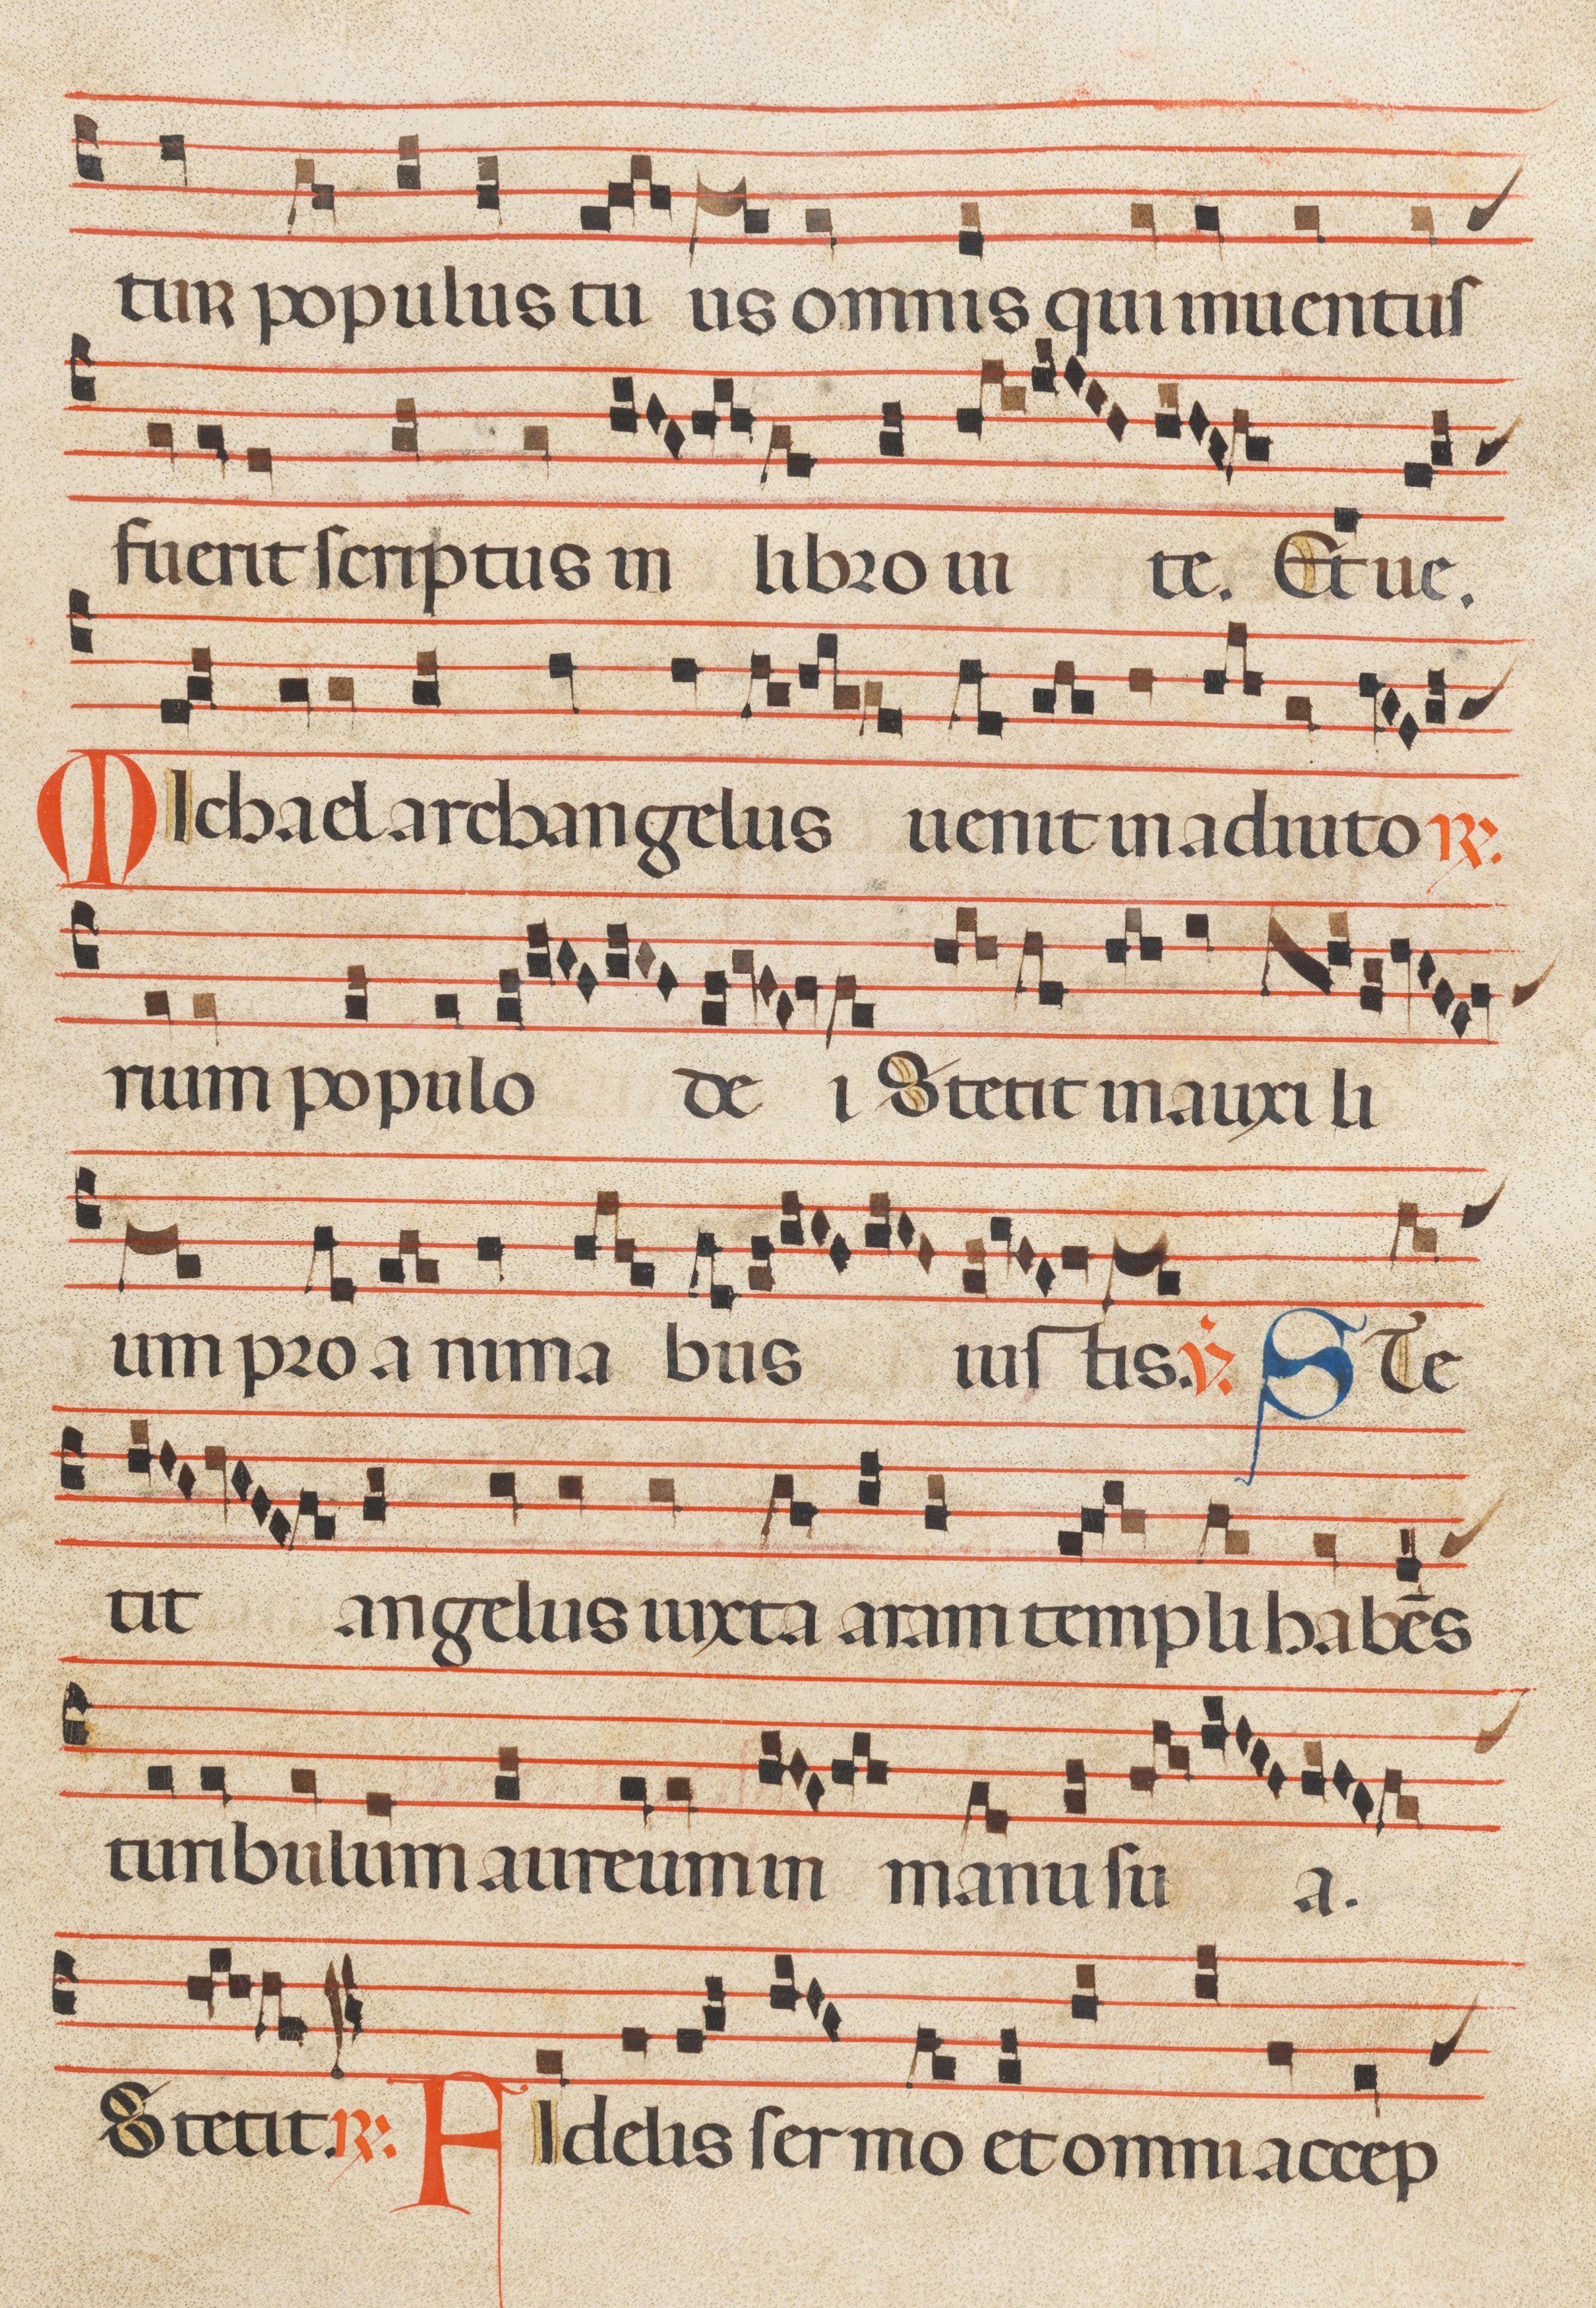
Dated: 1300–1330